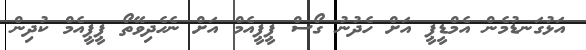
އަޅުގަނޑުމެން އެމްޑީޕީ އަށް ހެދުނު ގޯސް ޕީޕީއެމް އަށް ނެހެދިވޭތޯ ޕީޕީއެމް ކުދިން